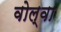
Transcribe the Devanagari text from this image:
वोल्वा